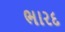
ભારદ